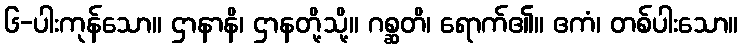
၆-ပါးကုန်သော။ ဌာနာနိ၊ ဌာနတို့သို့။ ဂစ္ဆတိ၊ ရောက်၏။ ဧကံ၊ တစ်ပါးသော။